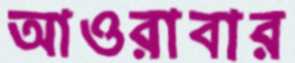
আওরাবার